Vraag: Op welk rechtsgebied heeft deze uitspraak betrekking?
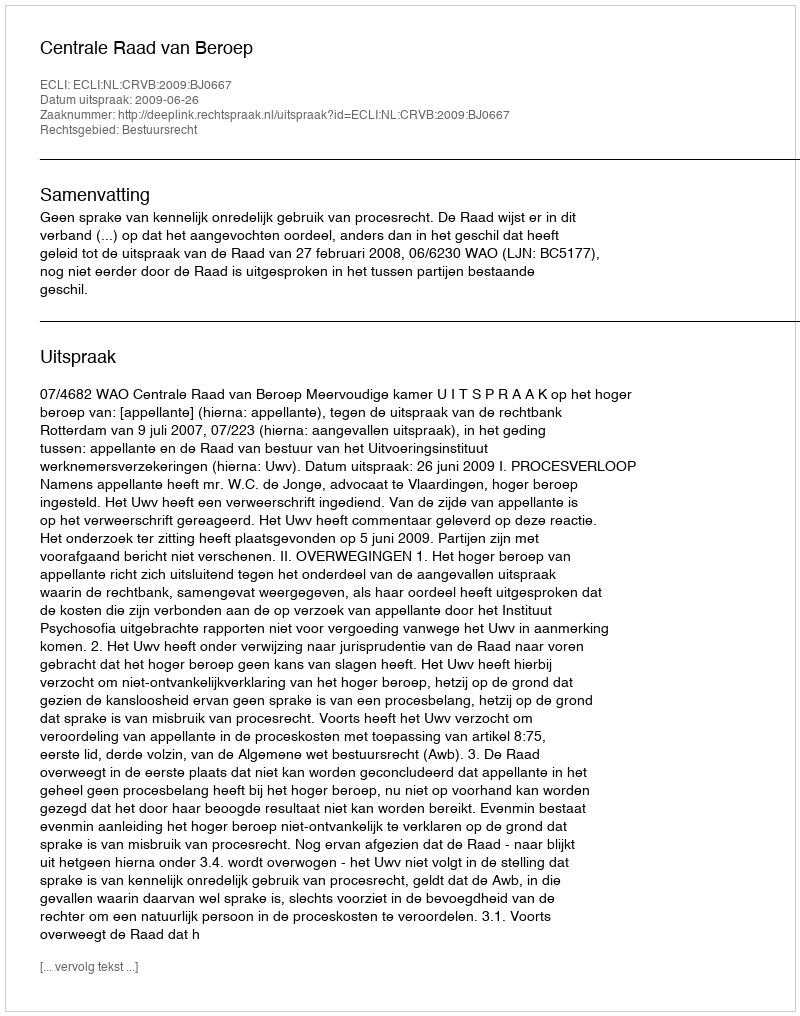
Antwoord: Bestuursrecht